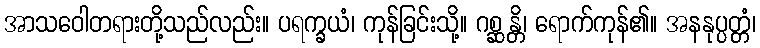
အာသဝေါတရားတို့သည်လည်း။ ပရက္ခယံ၊ ကုန်ခြင်းသို့။ ဂစ္ဆန္တိ၊ ရောက်ကုန်၏။ အနနုပ္ပတ္တံ၊